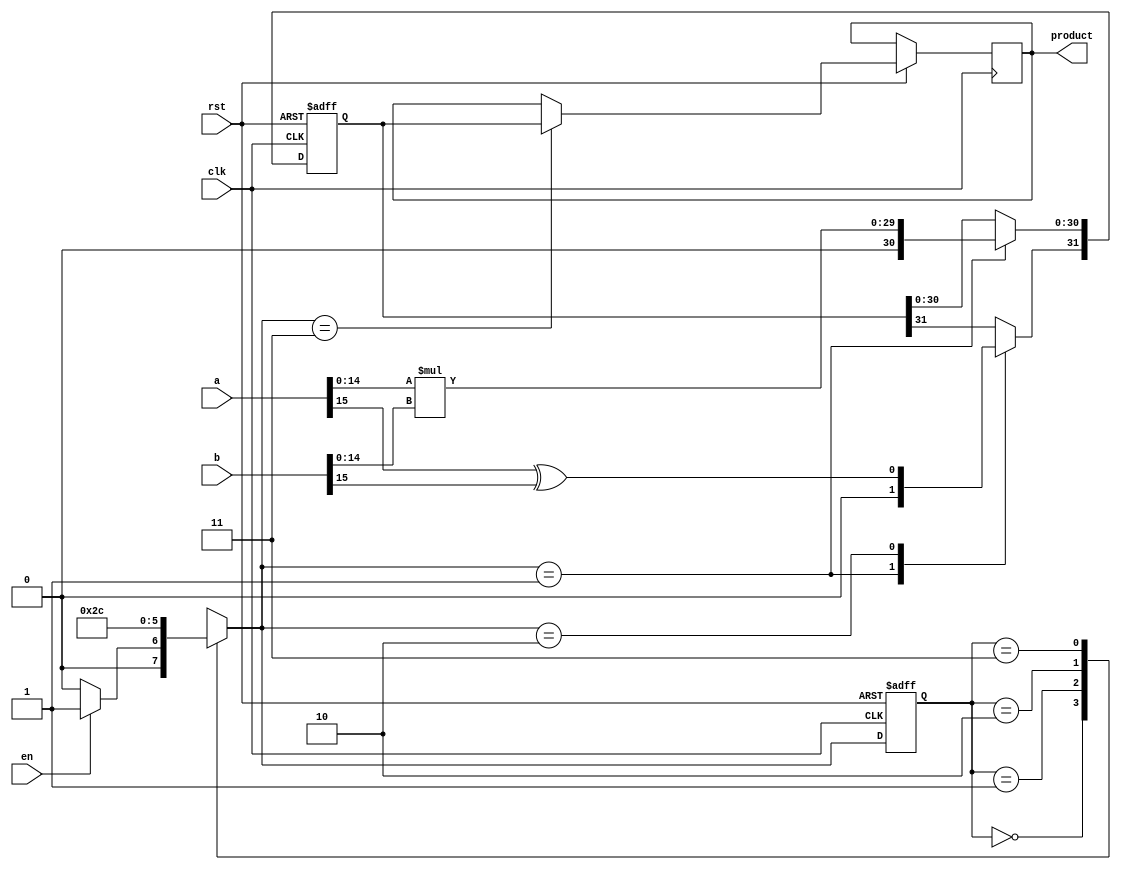
module multiple(a,b,product,clk,rst,en);
  input[15:0] a;
  input[15:0] b;
  input clk;
  input rst;
  input en;
  output reg [31:0] product;
  reg[31:0] tmp_p;
  reg[1:0] current_state;
  reg[1:0] next_state;
  parameter IDLE = 2'b00, MUL = 2'b01, CPS = 2'b10, OUT = 2'b11;
  always @(posedge clk or negedge rst)
    begin
      if (!rst)
        current_state <= IDLE;
      else
        current_state <= next_state;
    end
  
  always @(current_state,en)
    begin
      next_state = 2'bxx;
      case (current_state)
        IDLE: 
          if (en)
            next_state = MUL;
          else
            next_state = IDLE;
        MUL:
          next_state = CPS;
        CPS:
          next_state = OUT;
        OUT:
          next_state = IDLE;
      endcase
    end
  
  always @(posedge clk or negedge rst)
    begin
      if (!rst)
        tmp_p <= 32'h00000000;
      else
        begin
          case (next_state)
            MUL:
              begin
                tmp_p <= a[14:0]*b[14:0];
              end
            CPS:
              begin
                tmp_p[31] <= a[15] ^ b[15];
              end
            OUT:
              product <= tmp_p;
            default: ;
          endcase
        end
    end
  endmodule